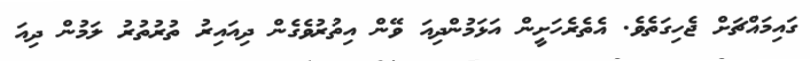
ގައިމައްޗަށް ޖެހިގަތެވެ. އެތެރެހަށީން އަޅަމުންދިއަ ވޭން އިތުރުވެގެން ދިއައިރު ތުރުތުރު ލަމުން ދިއަ